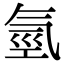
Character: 氫